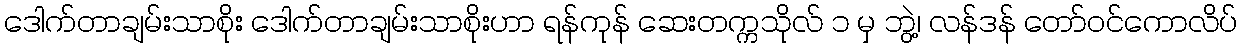
ဒေါက်တာချမ်းသာစိုး ဒေါက်တာချမ်းသာစိုးဟာ ရန်ကုန် ဆေးတက္ကသိုလ် ၁ မှ ဘွဲ့၊ လန်ဒန် တော်ဝင်ကောလိပ်